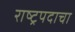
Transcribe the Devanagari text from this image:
राष्ट्रपदाचा